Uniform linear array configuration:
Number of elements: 12
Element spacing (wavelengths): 0.75
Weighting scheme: kaiser
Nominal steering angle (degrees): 60
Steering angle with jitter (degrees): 61.711
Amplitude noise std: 0.05
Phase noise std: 0.05

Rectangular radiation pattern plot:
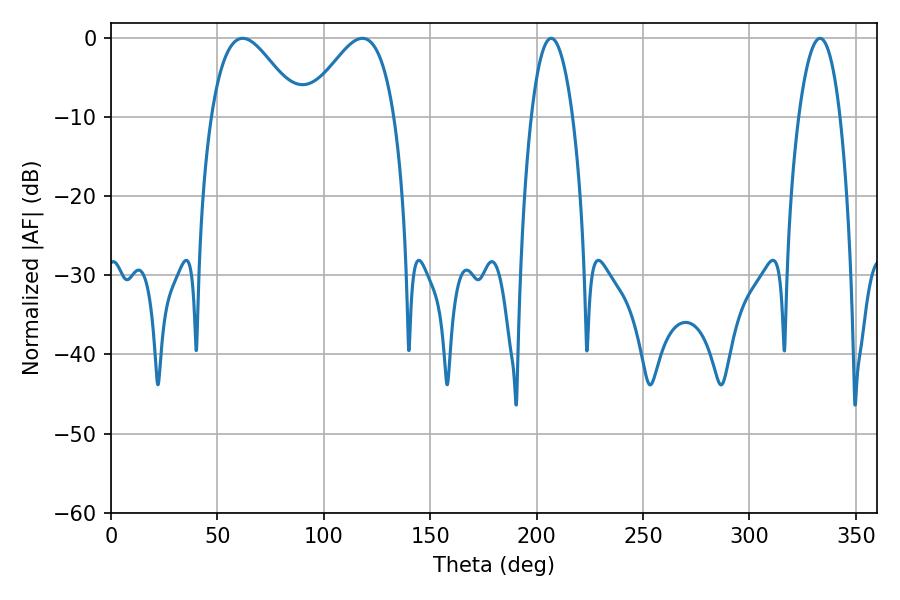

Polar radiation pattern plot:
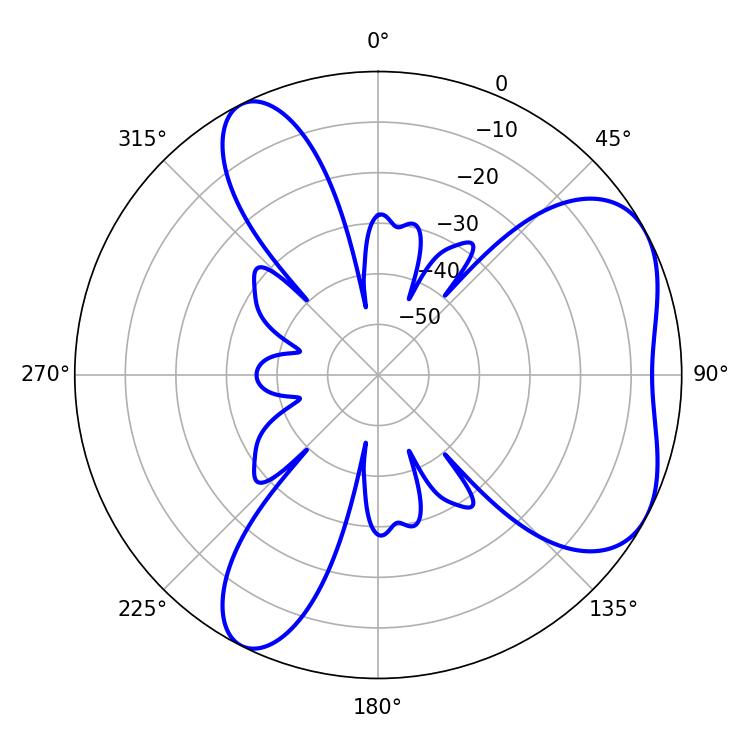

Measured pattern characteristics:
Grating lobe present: TRUE
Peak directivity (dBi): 5.273
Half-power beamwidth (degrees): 10.8
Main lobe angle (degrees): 206.82